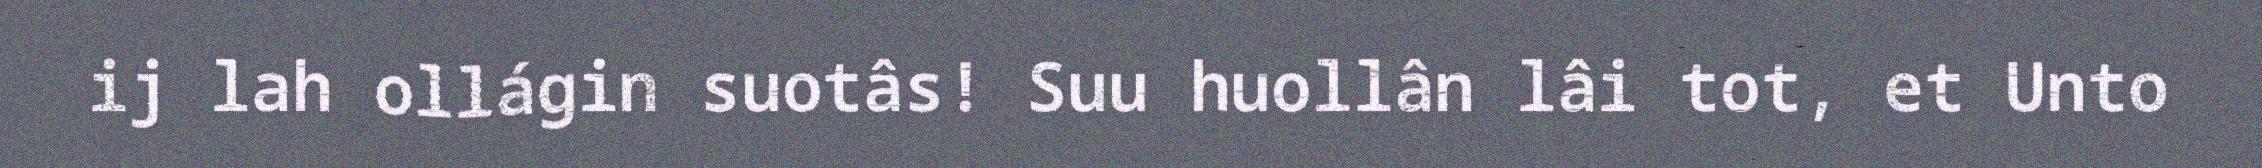
ij lah ollágin suotâs! Suu huollân lâi tot, et Unto